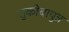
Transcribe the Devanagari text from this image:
तुकोबापुत्र